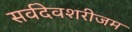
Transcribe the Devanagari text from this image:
सर्वदेवशरीजम